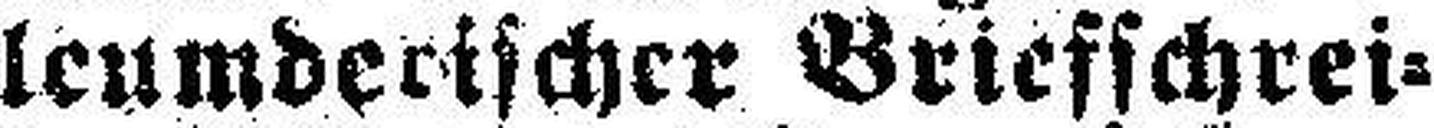
leumderischer Briefschrei¬